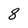
Character: 8